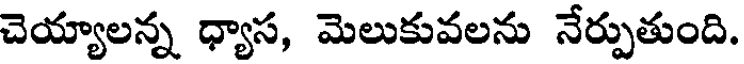
చెయ్యాలన్న ధ్యాస, మెలుకువలను నేర్పుతుంది.